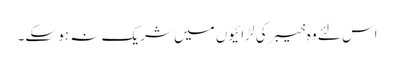
اس لئے وہ خیبر کی لڑائیوں میں شریک نہ ہو سکے۔